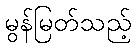
မွန်မြတ်သည့်